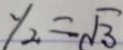
y _ { 2 } = \sqrt { 3 }